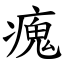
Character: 瘣